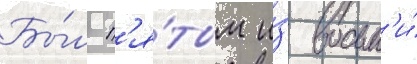
Бы́л п'я́тым и́з восьм'и́